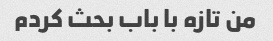
من تازه با باب بحث کردم